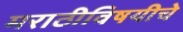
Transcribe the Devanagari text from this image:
मराठीविषयीचे